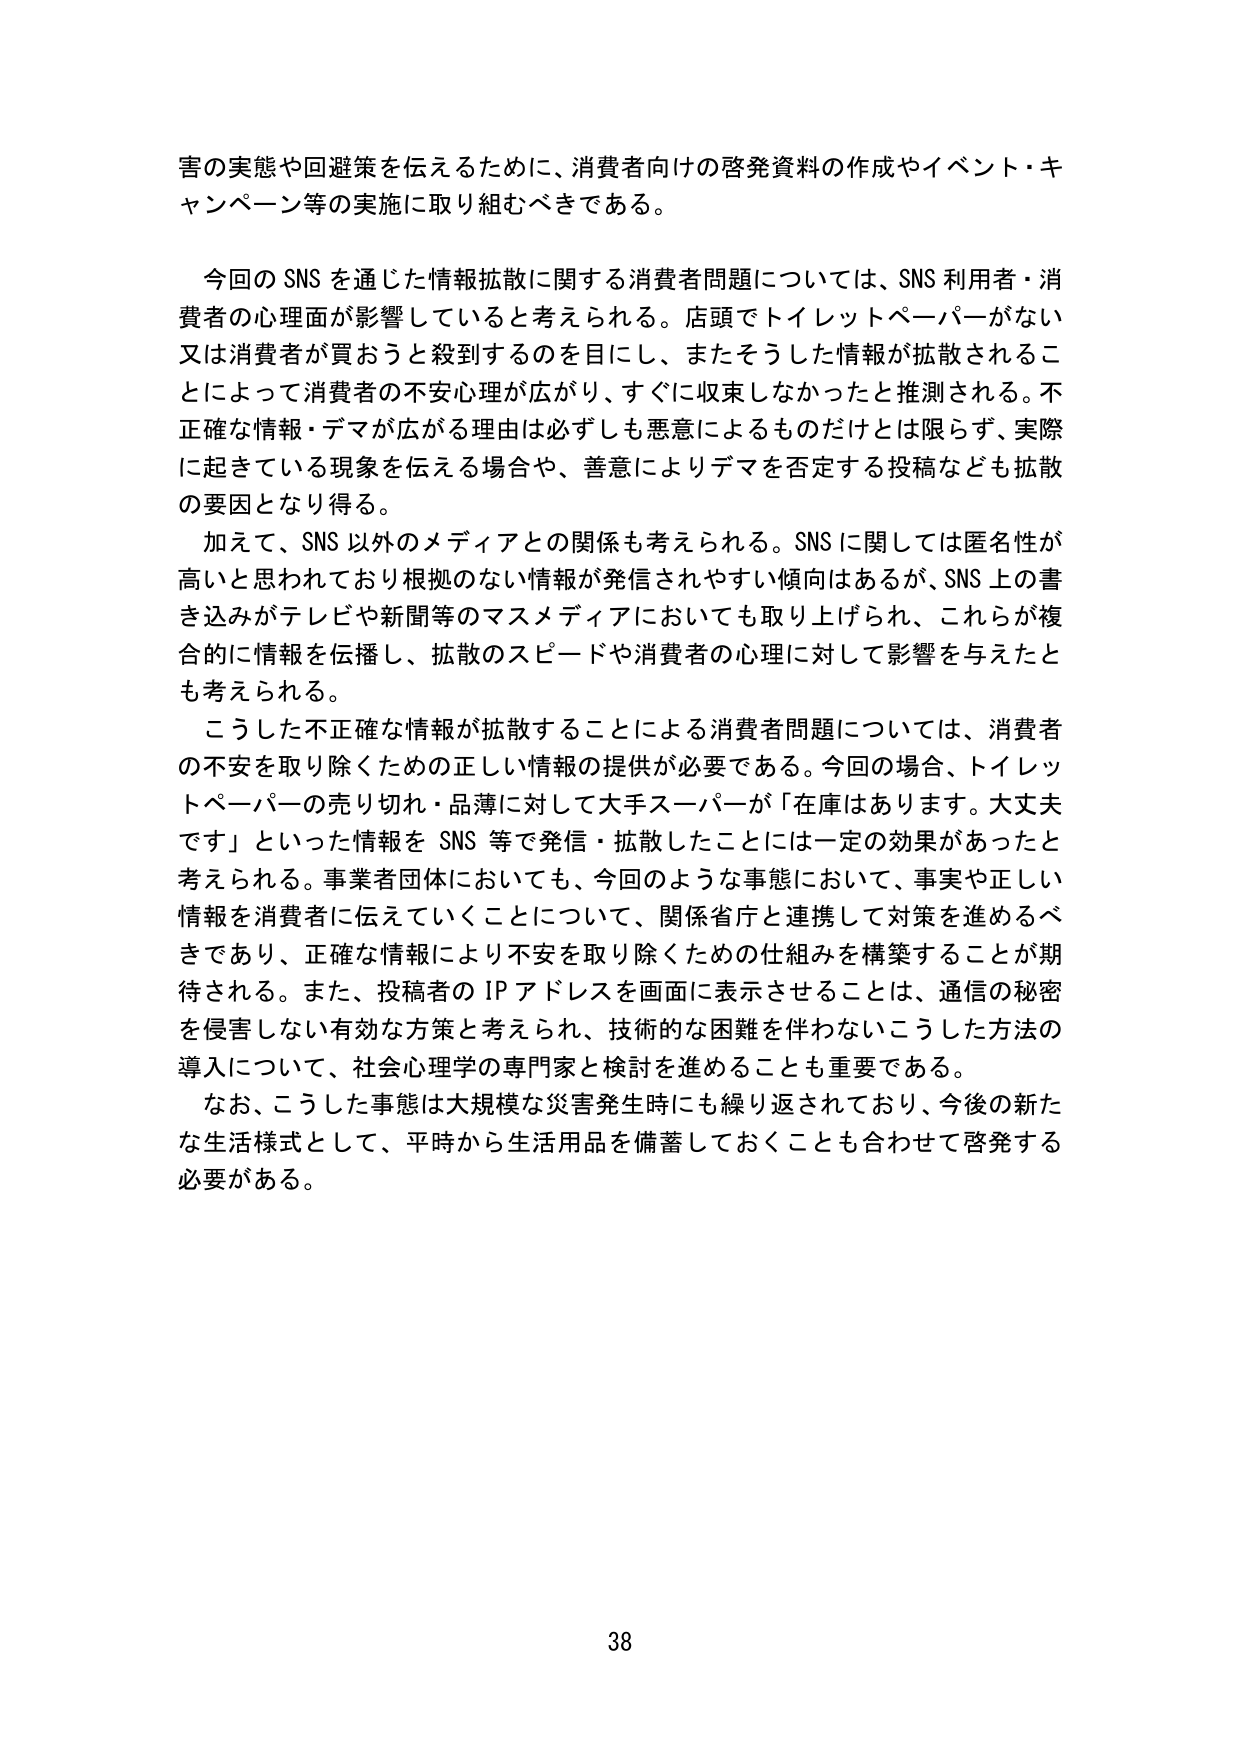
害の実態や回避策を伝えるために、消費者向けの啓発資料の作成やイベント・キャンペーン等の実施に取り組むべきである。

今回のSNSを通じた情報拡散に関する消費者問題については、SNS利用者・消費者の心理面が影響していると考えられる。店頭でトイレットペーパーがない又は消費者が買おうと殺到するのを目にして、またそうした情報が拡散されることによって消費者の不安心理が広がり、すぐに収束しなかったと推測される。不正確な情報・デマが広がる理由は必ずしも悪意によるものだけとは限らず、実際に起きている現象を伝える場合や、善意によりデマを否定する投稿なども拡散の要因となり得る。

加えて、SNS以外のメディアとの関係も考えられる。SNSに関しては匿名性が高いと思われており根拠のない情報が発信されやすい傾向はあるが、SNS上の書き込みがテレビや新聞等のマスメディアにおいても取り上げられ、これらが複合的に情報を伝播し、拡散のスピードや消費者の心理に対して影響を与えたとも考えられる。

こうした不正確な情報が拡散することによる消費者問題については、消費者の不安を取り除くための正しい情報の提供が必要である。今回の場合、トイレットペーパーの売り切れ・品薄に対して大手スーパーが「在庫はあります。大丈夫です」といった情報をSNS等で発信・拡散したことには一定の効果があったと考えられる。事業者団体においても、今回のような事態において、事実や正しい情報を消費者に伝えていくことについて、関係省庁と連携して対策を進めるべきであり、正確な情報により不安を取り除くための仕組みを構築することが期待される。また、投稿者のIPアドレスを画面に表示させることは、通信の秘密を侵害しない有効な方策と考えられ、技術的な困難を伴わないこうした方法の導入について、社会心理学の専門家と検討を進めることも重要である。

なお、こうした事態は大規模な災害発生時にも繰り返されており、今後の新たな生活様式として、平時から生活用品を備蓄しておくことも合わせて啓発する必要がある。

38